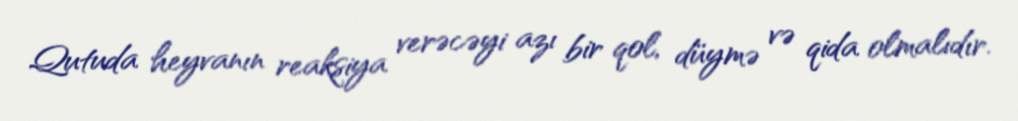
Qutuda heyvanın reaksiya verəcəyi azı bir qol, düymə və qida olmalıdır.